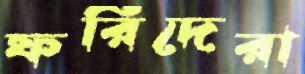
ফরিদেরা